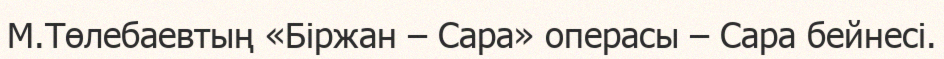
М.Төлебаевтың «Біржан – Сара» операсы – Сара бейнесі.